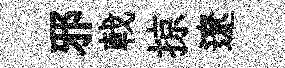
邪戟掠遼